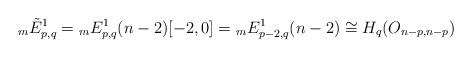
LaTeX: \begin{align*}{}_{m}\tilde{E}^{1}_{p,q} = {}_{m}E^{1}_{p,q}(n-2)[-2,0] = {}_{m}E^{1}_{p-2, q}(n-2) \cong H_{q}(O_{n-p, n-p}) \end{align*}